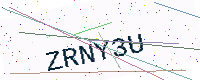
Text: ZRNY3U